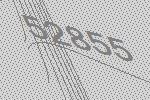
52855